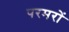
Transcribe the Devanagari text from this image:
परमरों